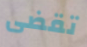
تقضى